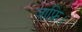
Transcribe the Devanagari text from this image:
जाफ्रि।